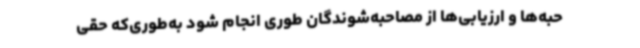
حبه‌ها و ارزیابی‌ها از مصاحبه‌شوندگان طوری انجام شود به‌طوری‌که حقی